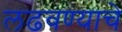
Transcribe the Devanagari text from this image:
लढवण्याचे